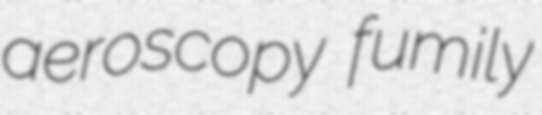
aeroscopy fumily